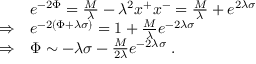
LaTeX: \begin{array} { l l } { { \ } } & { { e ^ { - 2 \Phi } = { \frac { M } { \lambda } } - \lambda ^ { 2 } x ^ { + } x ^ { - } = { \frac { M } { \lambda } } + e ^ { 2 \lambda \sigma } } } \\ { { \Rightarrow } } & { { e ^ { - 2 \left( \Phi + \lambda \sigma \right) } = 1 + { \frac { M } { \lambda } } e ^ { - 2 \lambda \sigma } } } \\ { { \Rightarrow } } & { { \Phi \sim - \lambda \sigma - { \frac { M } { 2 \lambda } } e ^ { - 2 \lambda \sigma } \; . } } \end{array}